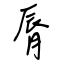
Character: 脣